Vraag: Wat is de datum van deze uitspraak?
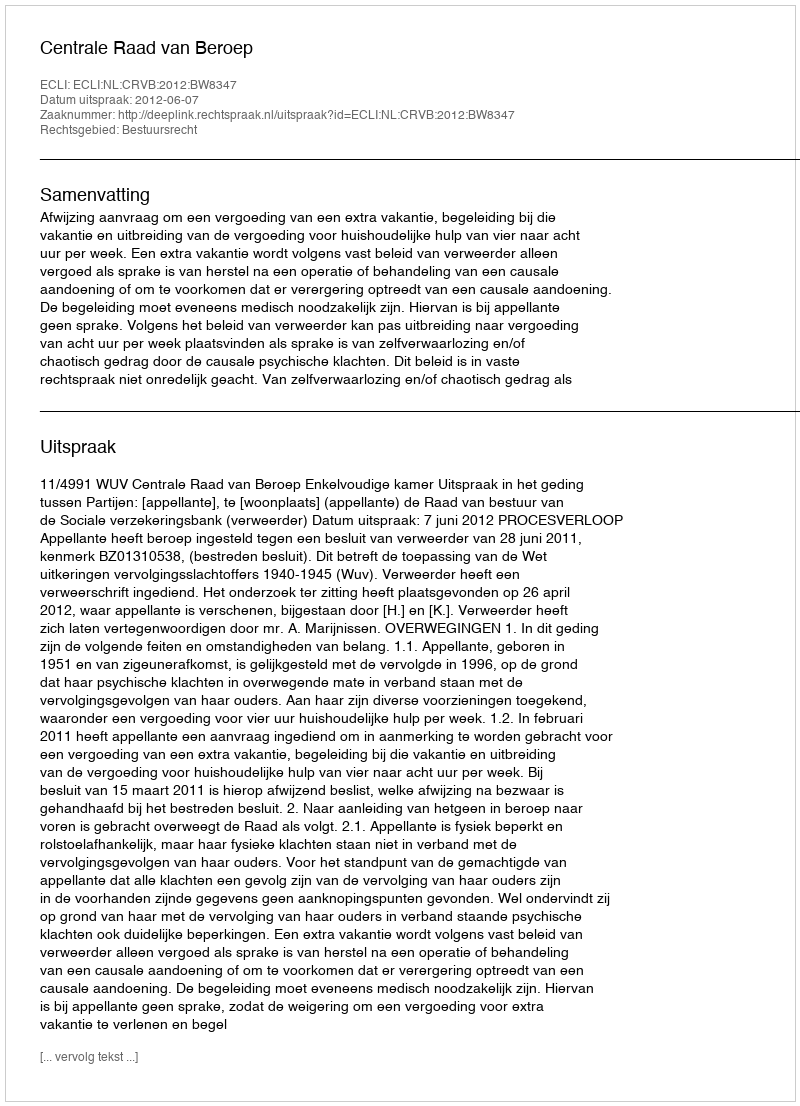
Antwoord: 2012-06-07